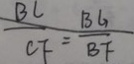
\frac { B C } { C F } = \frac { B G } { B F }